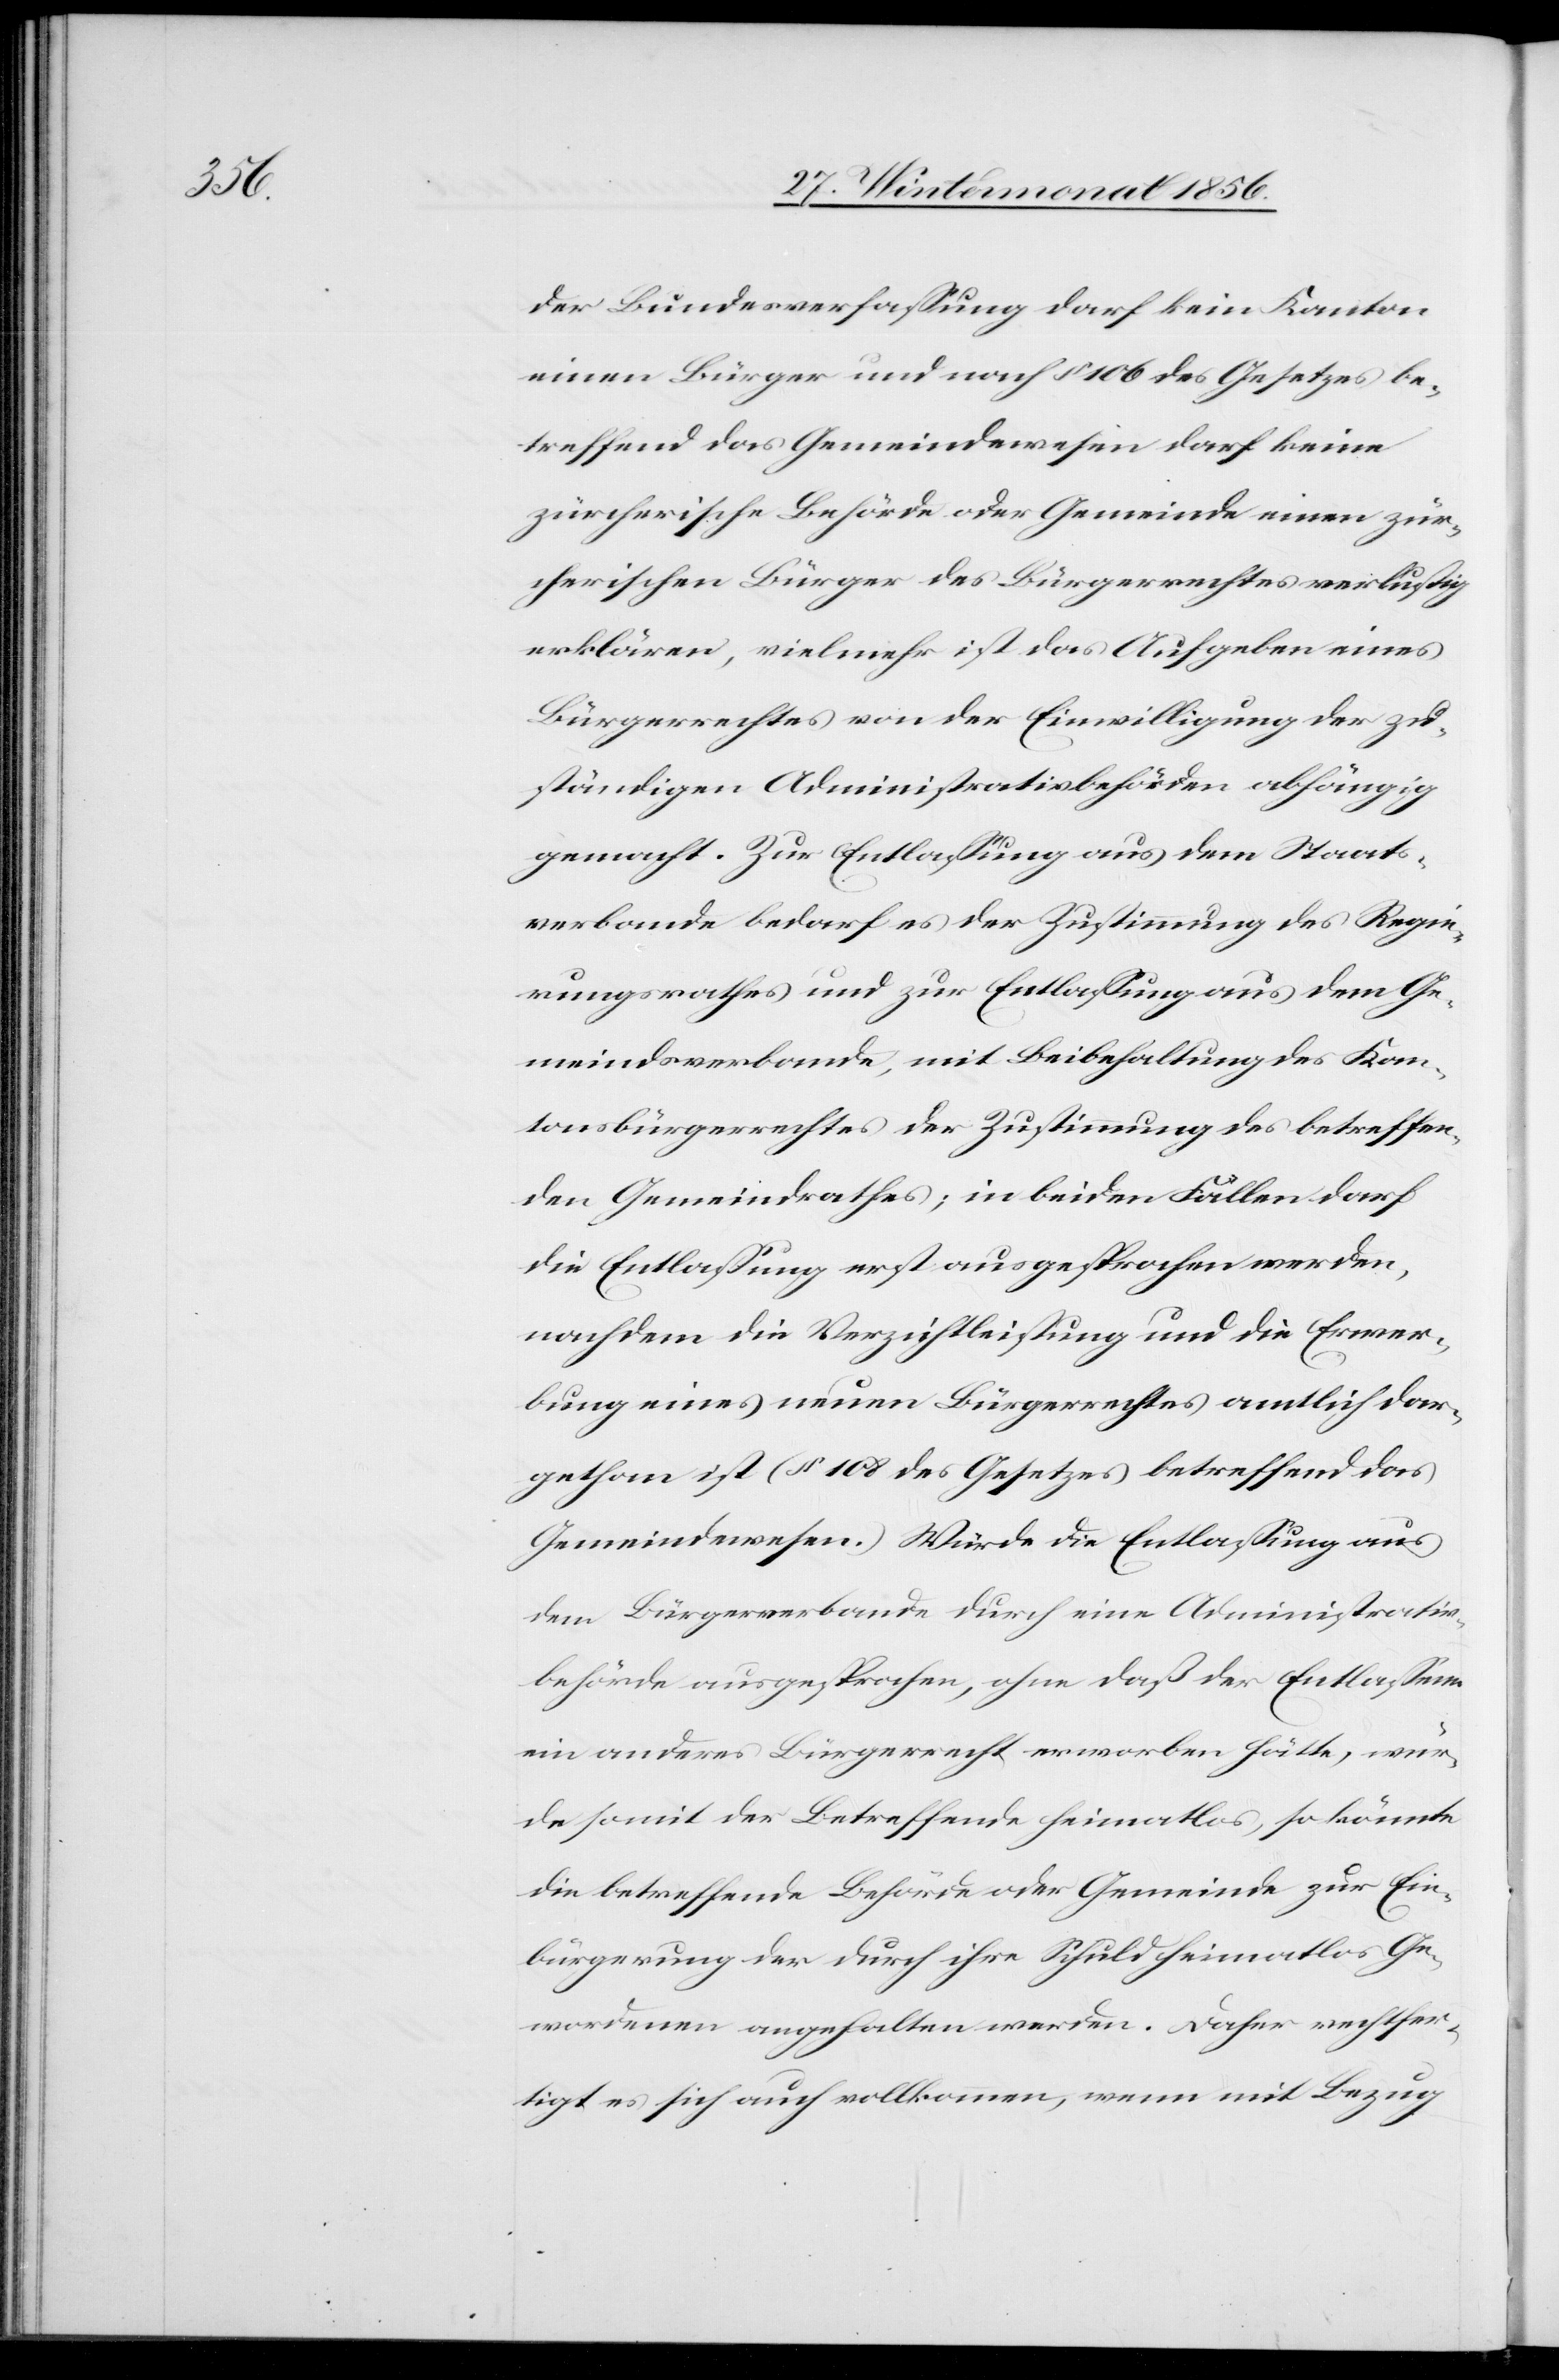
der Bundesverfassung darf kein Kanton
einen Bürger und nach § 106 des Gesetzes be¬
treffend das Gemeindewesen darf keine
zürcherische Behörde oder Gemeinde einen zür¬
cherischen Bürger des Bürgerrechtes verlustig
erklären, vielmehr ist das Aufgeben eines
Bürgerrechtes von der Einwilligung der zu¬
ständigen Administrativbehörden abhängig
gemacht. Zur Entlassung aus dem Staats¬
verbande bedarf es der Zustimmung des Regie¬
rungsrathes und zur Entlassung aus dem Ge¬
meindsverbande, mit Beibehaltung des Kan¬
tonsbürgerrechtes der Zustimmung des betreffen¬
den Gemeindrathes; in beiden Fällen darf
die Entlassung erst ausgesprochen werden,
nachdem die Verzichtleistung und die Erwer¬
bung eines neuen Bürgerrechtes amtlich dar¬
gethan ist (§ 108 des Gesetzes betreffend das
Gemeindewesen.) Würde die Entlassung aus
dem Bürgerverbande durch eine Administrativ¬
behörde ausgesprochen, ohne daß der Entlassene
ein anderes Bürgerrecht erworben hätte, wür¬
de somit der Betreffende heimatlos, so könnte
die betreffende Behörde oder Gemeinde zur Ein¬
bürgerung der durch ihre Schuld heimatlos Ge¬
wordenen angehalten werden. Daher rechtfer¬
tigt es sich auch vollkommen, wenn mit Bezug